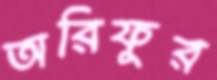
অরিফুর